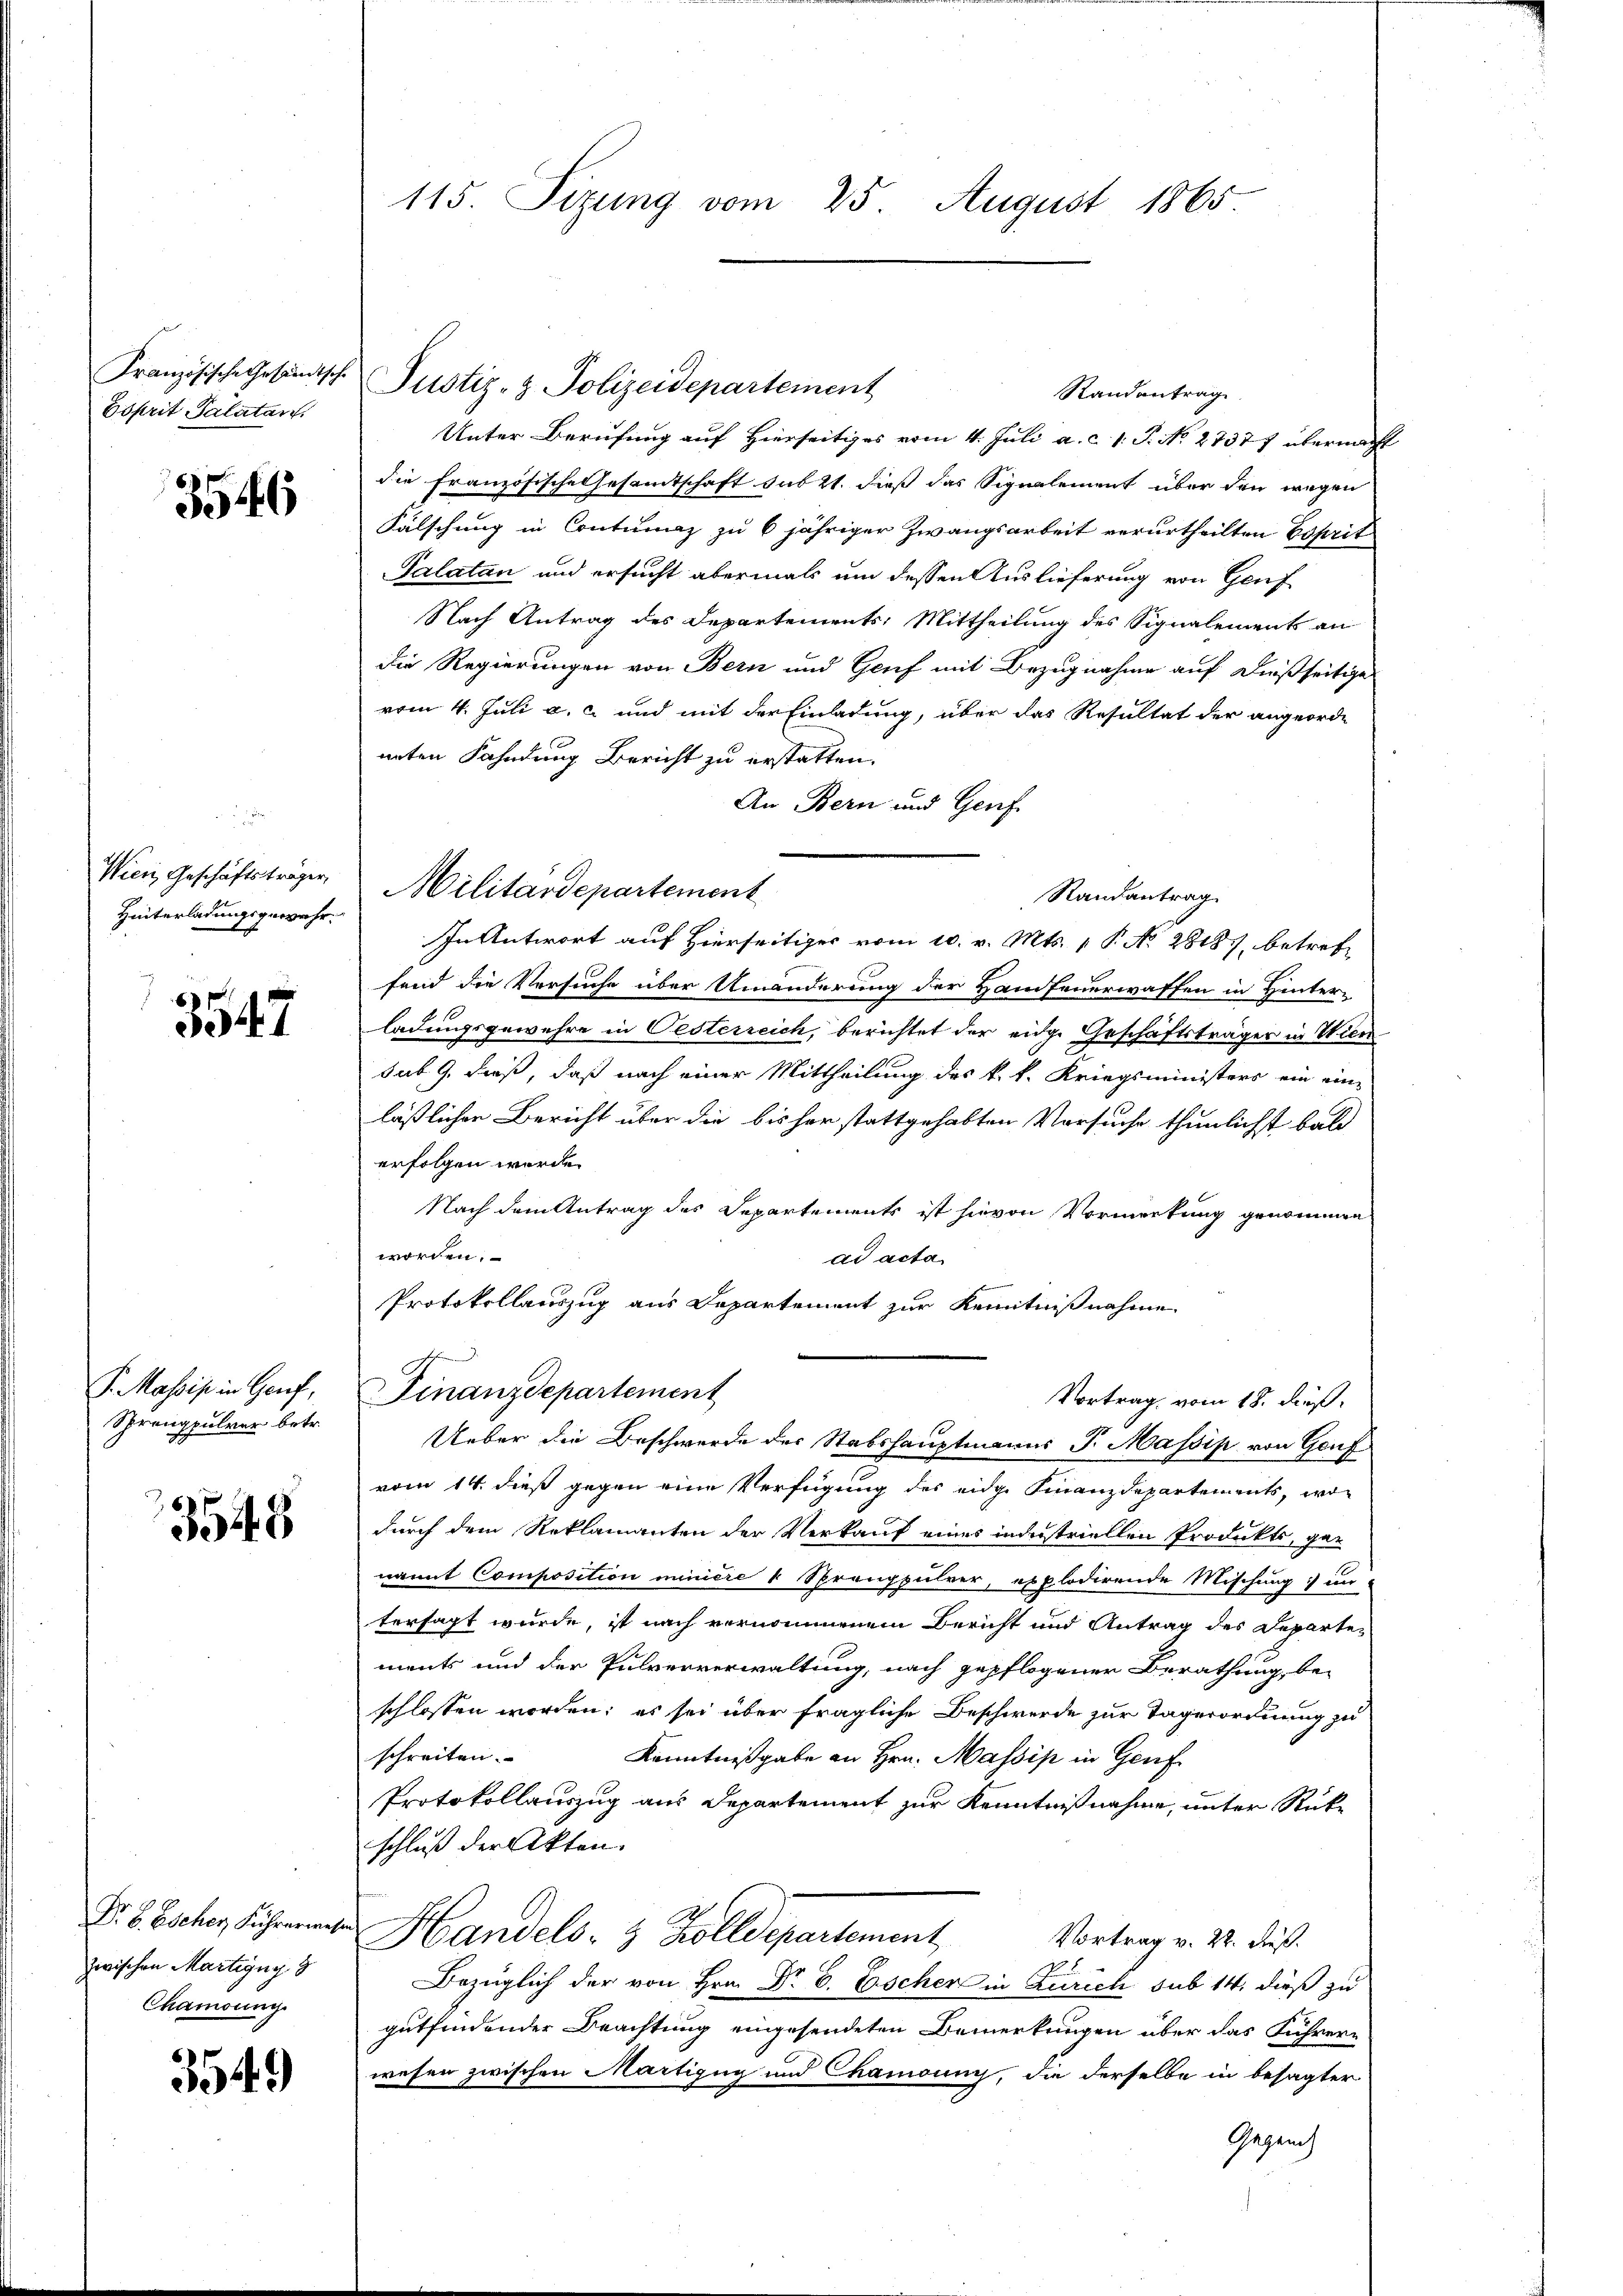
Französische Gesandtsche
Esprit Palatan

3546

Wien Geschäftsträger,
Hinterladungsgewahr.

3547

S. Massis in Genf,
Sprengpulver betr.

3543

Dr E. Escher Führermell
zwischen Martigny 3
Chamonng.

3549)

115 Sizung vom 25. August 1865

Randantrag
Unter Berufung auf Hierseitiges vom 4. Juli a. c. 1. P. No 27377 übermacht
die Französische Gesamtschaft sub 21. dieß das Signalement über den wegen
Fälschung in Contumaz zu 6 jähriger Zwangsarbeit verurtheilten Esprit
Palatan und ersucht abermals um dessen Auslieferung von Genf
Nach Antrag des Departements: Mittheilung des Signalements an
die Regierungen von Bern und Genf mit Bezugnahme auf dießseitige
vom 4. Juli a. c. und mit der Einladung, über das Resultat der angeorde
nnten Fahndung Bericht zu erstatten.
An Bern und Genf.
In Antwort auf Hierseitiger vom 10. v. Mts. 1 P. No 2818, betreffand die Versuche über Umänderung der Hanfeuerwaffen in Hinter-
ladungsgewehre in Oesterreich, berichtet der eidg. Geschäftsträger in Wien
sub 9. dieß, daß nach einer Mittheilung des k. k. Kriegsministers ein ein-
läßlichen Bericht über die bisher stattgehabten Vorsuche thunlichst bald
erfolgen wurde.
Nach dem Antrag des Departements ist hievon Vormerkung genommen
worden.
ad acta
Protokollauszug aus Departement zur Kenntnißnahme
FFinanzdepartement
Vortrag vom 18. dieß.
Ueber die Beschwerde der Stabshauptmanns J. Massis von Gouf
vom 14. dieß gegen eine Verfügung des eidge Finanzdepartements, wo
durch dem Reklamanten der Verkauf eines industriellen Produkts, ge-
nannt Composition miniere 4 Sprengpulver, explodirende Mischung un
tersagt wurde, ist nach vernommenem Bericht und Antrag des Departements und der Pulververwaltung, nach gepflogener Berathung, be-
schlossen worden; es sei über fragliche Beschwerde zur Tagerordnung zu
schreiten.
Kenntnißgabe an Hrn. Massis in Genf
Protokollauszug aus Departement zur Kenntnißnahme, unter Rückschluß der Akten.
Handels- & Zolldepartement,
Vortrag v. 22. Fuß.
Bezüglich der von Hrn. Dr. C. Escher in Zürich sub 14. dieß zu
gutfindender Beachtung eingesendeten Bemerkungen über das Führer-
wesen zwischen Martigug und Chamonny, die derselbe in besagter
Gegenh

Militärdepartement

Justiz- & Polizeidepartement

Randantrag